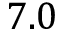
7 . 0